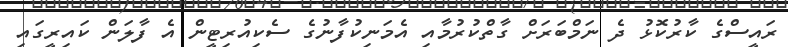
ރައީސްގެ ކާރުކޮޅު ދެ ނަމްބަރަށް ގާތްކުރުމާއި އެމަނިކުފާނުގެ ސެކިއުރިޓީން އެ ފާލަން ކައިރީގައި